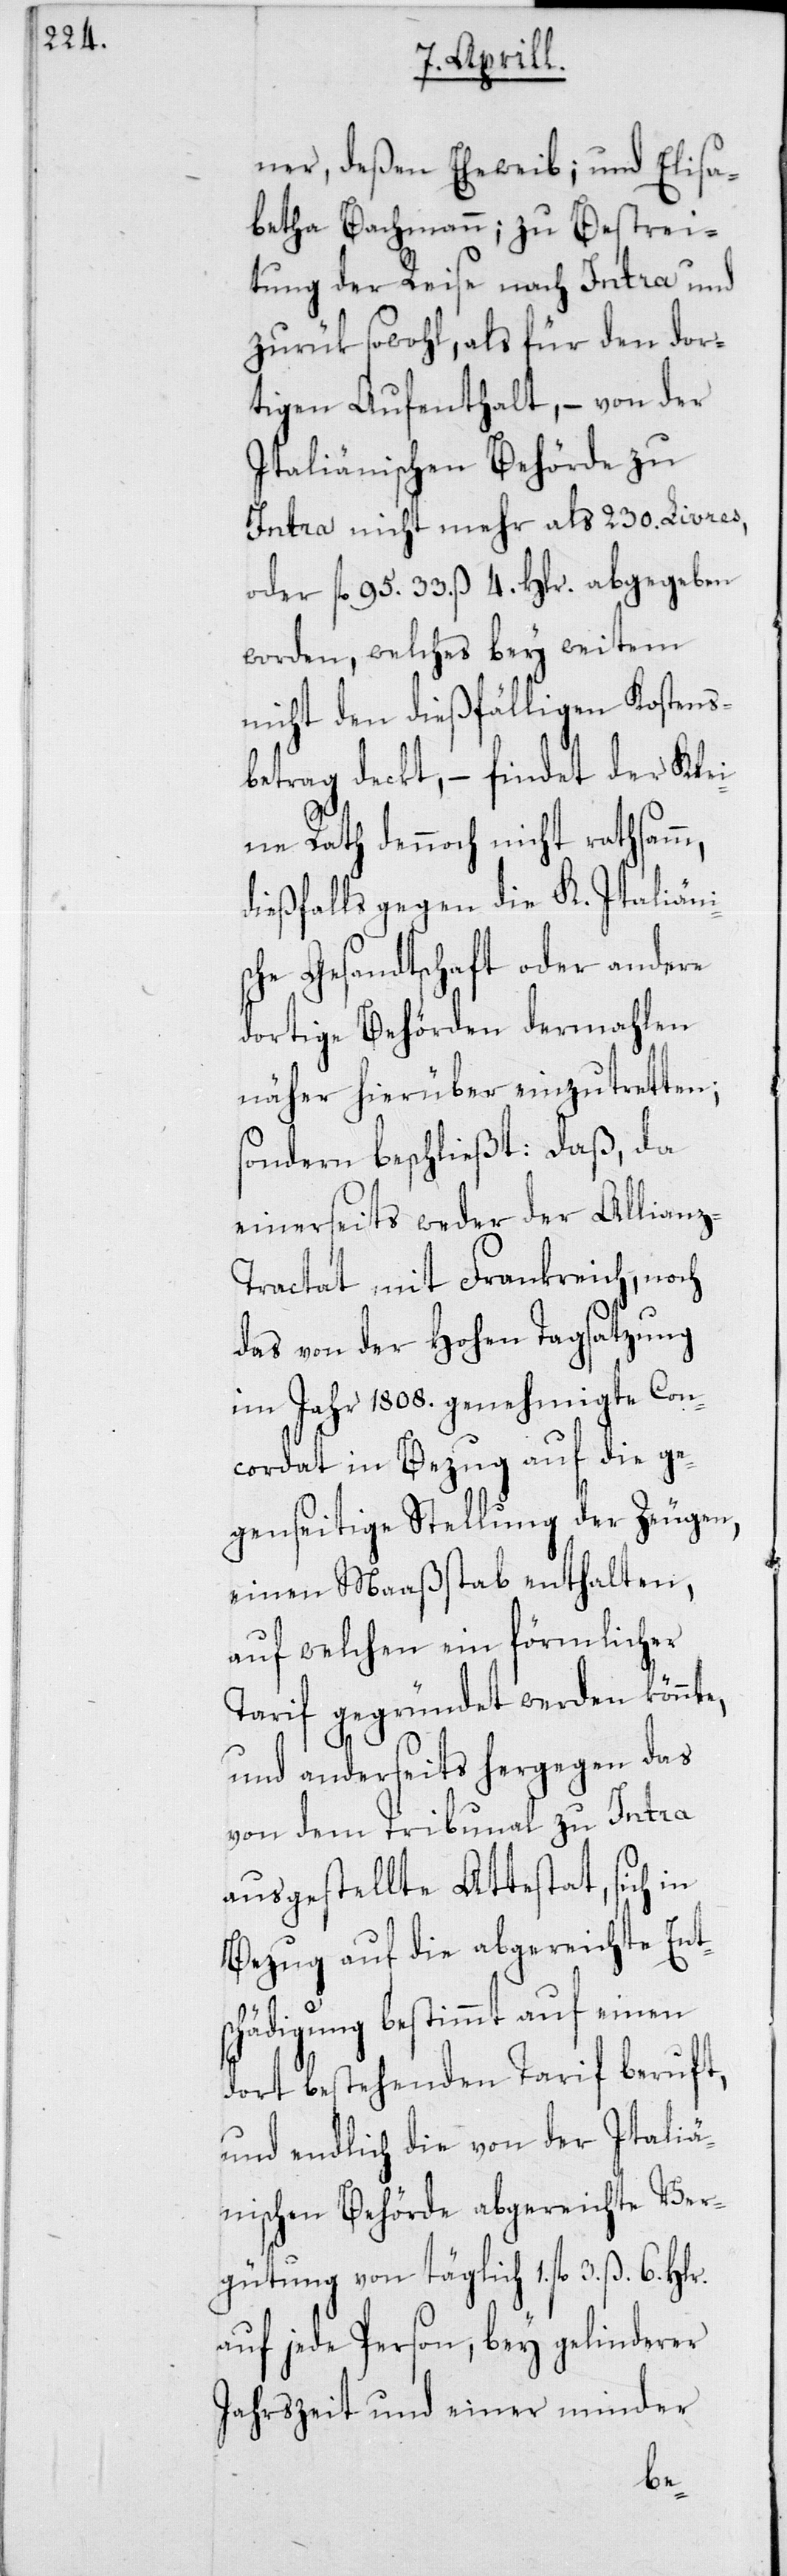
ner, deßen Eheweib; und Elisa¬
betha Bachmann; zu Bestrei¬
tung der Reise nach Intra und
zurük sowohl, als für den dor¬
tigen Aufenthalt, – von der
Italiänischen Behörde zu
Intra nicht mehr als 230. Livres,
oder fl. 95. 33. ß 4. Hlr. abgegeben
worden, welches bey weitem
nicht den dießfälligen Kostens¬
betrag deckt, – findet der Kle¬
ine Rath dennoch nicht rathsam,
dießfalls gegen die K. Italiäni¬
sche Gesandtschaft oder andere
dortige Behörden dermahlen
näher hierüber einzutretten;
sondern beschließt: Daß, da
einerseits weder der Allianz-T¬
ractat mit Frankreich, noch
das von der Hohen Tagsatzung
im Jahr 1808. genehmigte Con¬
cordat in Bezug auf die ge¬
genseitige Stellung der Zeugen,
einen Maaßstab enthalten,
auf welchen ein förmlicher
Tarif gegründet werden könnte,
und anderseits hergegen das
von dem Tribunal zu Intra
ausgestellte Attestat, sich in
Bezug auf die abgereichte Ents¬
chädigung bestimmt auf einen
dort bestehenden Tarif beruft,
und endlich die von der Italiä¬
nischen Behörde abgereichte Ver¬
gütung von täglich 1. fl. 3. ß.
auf jede Person, bey gelinderer
Jahrszeit und einer minder